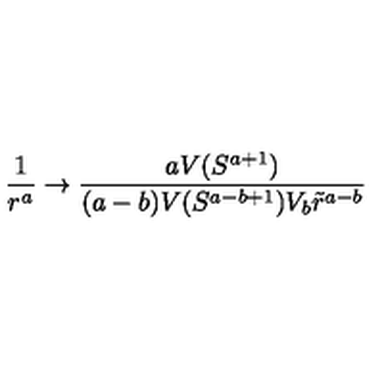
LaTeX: \frac { 1 } { r ^ { a } } \rightarrow \frac { a V ( S ^ { a + 1 } ) } { ( a - b ) V ( S ^ { a - b + 1 } ) V _ { b } \tilde { r } ^ { a - b } }